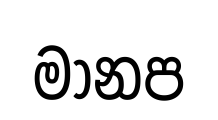
මානප